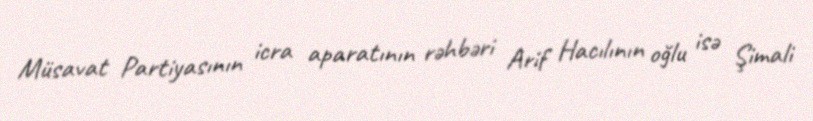
Müsavat Partiyasının icra aparatının rəhbəri Arif Hacılının oğlu isə Şimali